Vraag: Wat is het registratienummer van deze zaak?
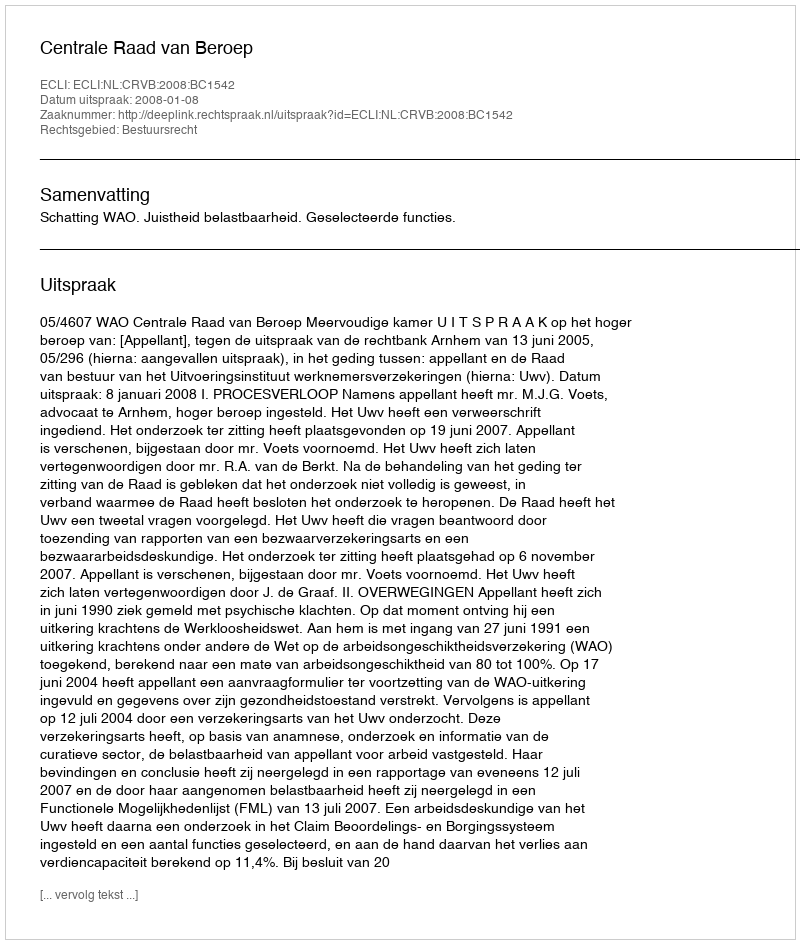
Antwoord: http://deeplink.rechtspraak.nl/uitspraak?id=ECLI:NL:CRVB:2008:BC1542